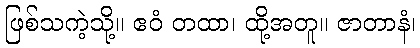
ဖြစ်သကဲ့သို့။ ဧဝံ တထာ၊ ထို့အတူ။ ဇာတာနံ၊